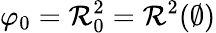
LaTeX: \varphi_{0}=\mathcal{R}_{0}^{2}=\mathcal{R}^{2}(\emptyset)